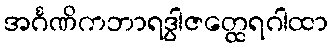
အင်္ဂဏိကဘာရဒွါဇတ္ထေရဂါထာ